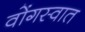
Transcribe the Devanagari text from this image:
वोंगस्वात